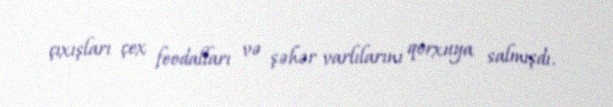
çıxışları çex feodalları və şəhər varlılarını qorxuya salmışdı.